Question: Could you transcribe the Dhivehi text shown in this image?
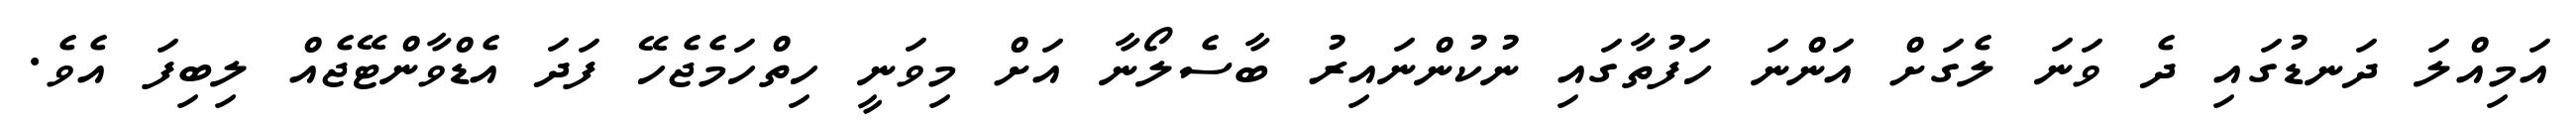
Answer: އަމިއްލަ ދަނޑުގައި ދެ ވަނަ ލެގަށް އަންނަ ހަފުތާގައި ނުކުންނައިރު ބާސެލޯނާ އަށް މިވަނީ ހިތްހަމެޖެހޭ ފަދަ އެޑްވާންޓޭޖެއް ލިބިފަ އެވެ.